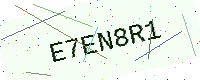
Text: E7EN8R1